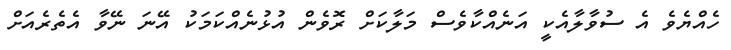
ހެއްޔެވެ އެ ސުވާލާއެކީ އަނެއްކާވެސް މަލާކަށް ރޮވެން އުޅުނެއްކަމަކު އޭނަ ނޭވާ އެތެރެއަށް